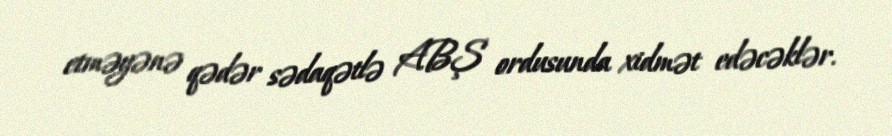
etməyənə qədər sədaqətlə ABŞ ordusunda xidmət edəcəklər.